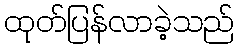
ထုတ်ပြန်လာခဲ့သည်